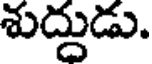
శుద్దుడు.